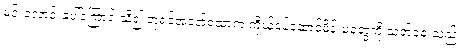
မင်းလောင်းပေါ်ကြောင်းသိ၍ ဘုရင်အနော်ရထာက ကိုယ်ဝန်ဆောင်မိန်းမတွေကို သတ်စေ သည်။